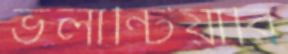
ভলান্টিয়ারি